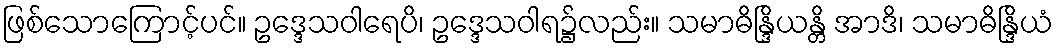
ဖြစ်သောကြောင့်ပင်။ ဥဒ္ဒေသဝါရေပိ၊ ဥဒ္ဒေသဝါရ၌လည်း။ သမာဓိန္ဒြိယန္တိ အာဒိ၊ သမာဓိန္ဒြိယံ